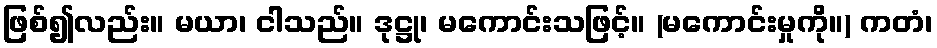
ဖြစ်၍လည်း။ မယာ၊ ငါသည်။ ဒုဋ္ဌု၊ မကောင်းသဖြင့်။ (မကောင်းမှုကို။) ကတံ၊